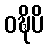
ဝဍ္ဎိပိ